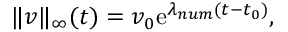
\| v \| _ { \infty } ( t ) = v _ { 0 } \mathrm { e } ^ { \lambda _ { n u m } \left( t - t _ { 0 } \right) } ,